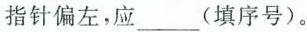
指针偏左，应___(填序号)。